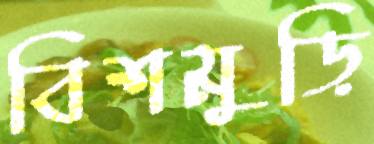
বিশমুড়ি